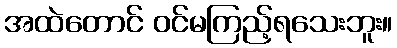
အထဲတောင် ဝင်မကြည့်ရသေးဘူး။